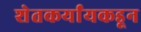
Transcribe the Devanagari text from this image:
शेतकर्यांयकडून